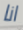
انا